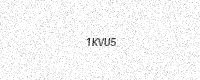
Text: 1KVU5